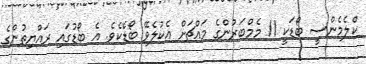
ކްލެމެންސީ ބޯޑަކީ 11 މެމްބަރުންގެ މައްޗަށް އެކުލެވޭ ބޯޑެކެވެ. އެ ބޯޑުގައި ރައްޔިތުންގެ